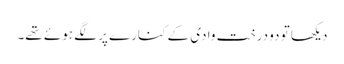
دیکھا تو دو درخت وادی کے کنارے پر لگے ہوئے تھے۔